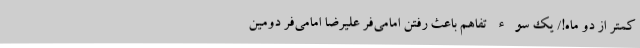
کمتر از دو ماه!/ یک سوء تفاهم باعث رفتن امامی‌فر علیرضا امامی‌فر دومین